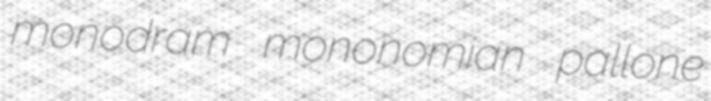
monodram mononomian pallone